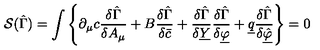
{ \cal S } ( \hat { \Gamma } ) = \int \left\{ \partial _ { \mu } c \frac { \delta \hat { \Gamma } } { \delta A _ { \mu } } + B \frac { \delta \hat { \Gamma } } { \delta \bar { c } } + \frac { \delta \hat { \Gamma } } { \delta \underline { { Y } } } \frac { \delta \hat { \Gamma } } { \delta \underline { { \varphi } } } + \underline { { q } } \frac { \delta \hat { \Gamma } } { \delta \underline { { \hat { \varphi } } } } \right\} = 0